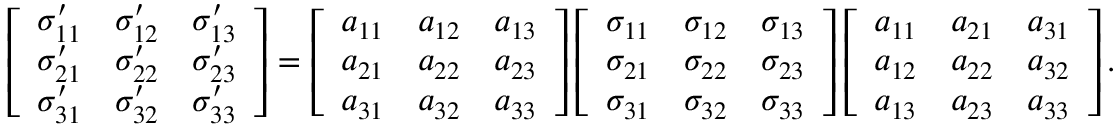
\left[ { \begin{array} { l l l } { \sigma _ { 1 1 } ^ { \prime } } & { \sigma _ { 1 2 } ^ { \prime } } & { \sigma _ { 1 3 } ^ { \prime } } \\ { \sigma _ { 2 1 } ^ { \prime } } & { \sigma _ { 2 2 } ^ { \prime } } & { \sigma _ { 2 3 } ^ { \prime } } \\ { \sigma _ { 3 1 } ^ { \prime } } & { \sigma _ { 3 2 } ^ { \prime } } & { \sigma _ { 3 3 } ^ { \prime } } \end{array} } \right] = \left[ { \begin{array} { l l l } { a _ { 1 1 } } & { a _ { 1 2 } } & { a _ { 1 3 } } \\ { a _ { 2 1 } } & { a _ { 2 2 } } & { a _ { 2 3 } } \\ { a _ { 3 1 } } & { a _ { 3 2 } } & { a _ { 3 3 } } \end{array} } \right] \left[ { \begin{array} { l l l } { \sigma _ { 1 1 } } & { \sigma _ { 1 2 } } & { \sigma _ { 1 3 } } \\ { \sigma _ { 2 1 } } & { \sigma _ { 2 2 } } & { \sigma _ { 2 3 } } \\ { \sigma _ { 3 1 } } & { \sigma _ { 3 2 } } & { \sigma _ { 3 3 } } \end{array} } \right] \left[ { \begin{array} { l l l } { a _ { 1 1 } } & { a _ { 2 1 } } & { a _ { 3 1 } } \\ { a _ { 1 2 } } & { a _ { 2 2 } } & { a _ { 3 2 } } \\ { a _ { 1 3 } } & { a _ { 2 3 } } & { a _ { 3 3 } } \end{array} } \right] .